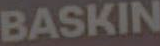
BASKIN